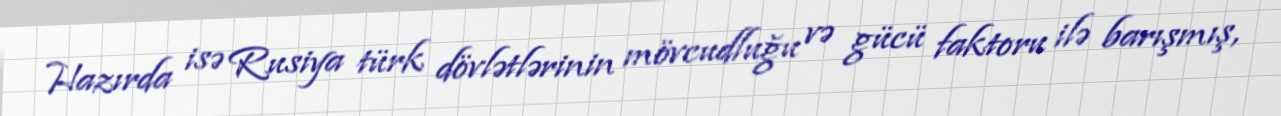
Hazırda isə Rusiya türk dövlətlərinin mövcudluğu və gücü faktoru ilə barışmış,